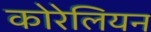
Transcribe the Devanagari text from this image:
कोरेलियन